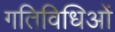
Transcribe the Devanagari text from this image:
गतिविधिओं